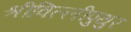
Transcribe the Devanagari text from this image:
श्रीविल्लीपुथुर